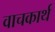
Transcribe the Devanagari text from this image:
वाचकार्थ